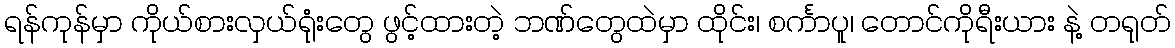
ရန်ကုန်မှာ ကိုယ်စားလှယ်ရုံးတွေ ဖွင့်ထားတဲ့ ဘဏ်တွေထဲမှာ ထိုင်း၊ စင်္ကာပူ၊ တောင်ကိုရီးယား နဲ့ တရုတ်